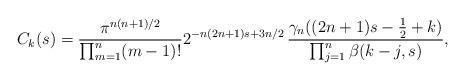
LaTeX: \begin{align*} C_k(s)=\frac{\pi^{n(n+1)/2}}{\prod_{m=1}^{n}(m-1)!}2^{-n(2n+1)s+3n/2}\,\frac{\gamma_n((2n+1)s-\frac12+k)}{\prod_{j=1}^n\beta(k-j,s)}, \end{align*}